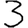
Digit: 3